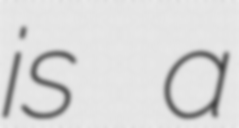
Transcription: is a